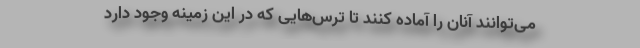
می‌توانند آنان را آماده کنند تا ترس‌هایی که در این زمینه وجود دارد